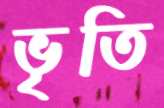
ভৃতি